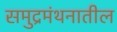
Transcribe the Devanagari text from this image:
समुद्रमंथनातील